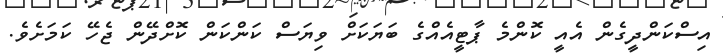
އިސްކަންދީގެން އެއީ ކޮންމެ ޕާޓީއެއްގެ ބަޔަކަށް ވިޔަސް ކަންކަން ކޮށްދޭން ޖެހޭ ކަމަށެވެ.